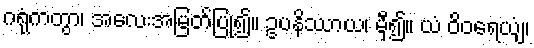
ဂရုံကတွာ၊ အလေးအမြတ်ပြု၍။ ဥပနိဿာယ၊ မှီ၍။ ယံ ဝိဝရေယျံ၊